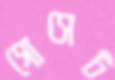
গোসেট